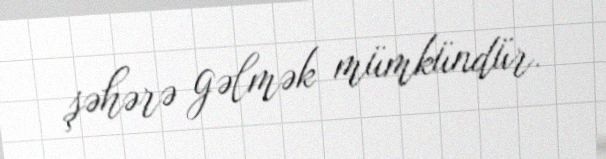
şəhərə gəlmək mümkündür.